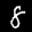
Label: 8